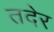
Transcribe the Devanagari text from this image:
तदेर